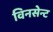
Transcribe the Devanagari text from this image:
विनसेन्ट